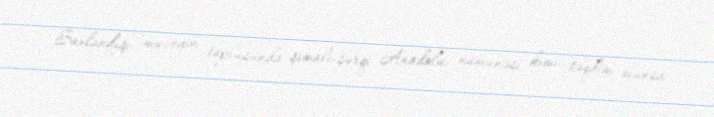
Saxlandığı muzeyin toplusunda şimali-şərqi Anadolu nümunəsi kimi təqdim olunsa